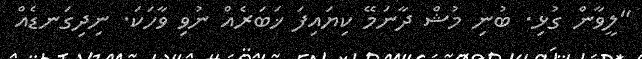
"ލީވާން ގުޅި. ބުނި މުޝް ދާނަމޭ ކިޔައިފަ ޚަބަރެއް ނުވި ވާހަކަ. ނިދިގަނޑެއް